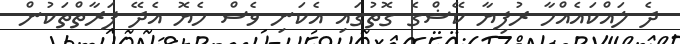
ދެ ލައްކައެއްހާ ރުފިޔާ ކޭޝްގެ ގޮތުގައި އެކަނި ވެސް ހެޔޮ އެދޭ ފަރާތްތަކުން